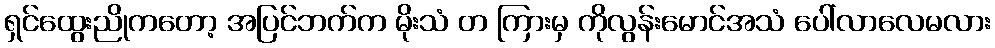
ရှင်ထွေးညိုကတော့ အပြင်ဘက်က မိုးသံ တ ကြားမှ ကိုလွန်းမောင်အသံ ပေါ်လာလေမလား